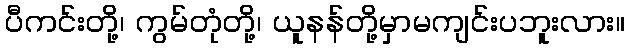
ပီကင်းတို့၊ ကွမ်တုံတို့၊ ယူနန်တို့မှာမကျင်းပဘူးလား။